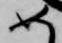
め